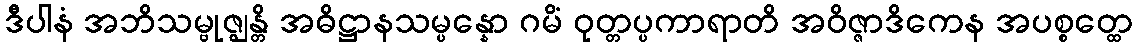
ဒီပါနံ အဘိသမ္ဗုဇ္ဈန္တိ အဓိဋ္ဌာနသမ္ပန္နော ဂမိံ ဝုတ္တပ္ပကာရာတိ အဝိဇ္ဇာဒိကေန အပစ္စတ္ထေ